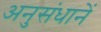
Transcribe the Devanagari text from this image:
अनुसंधानें